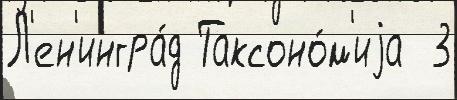
Л'ен'ингра́д Таксоно́м'иjа  3